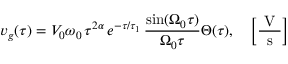
v _ { g } ( \tau ) = V _ { 0 } \omega _ { 0 } \, \tau ^ { 2 \alpha } \, e ^ { - \tau / \tau _ { 1 } } \, \frac { \sin ( \Omega _ { 0 } \tau ) } { \Omega _ { 0 } \tau } \Theta ( \tau ) , \quad \left[ \frac { \mathrm { ~ V ~ } } { \mathrm { ~ s ~ } } \right]